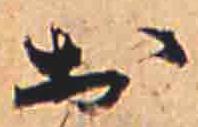
お